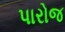
પારોજ